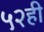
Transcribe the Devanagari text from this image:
५२ही